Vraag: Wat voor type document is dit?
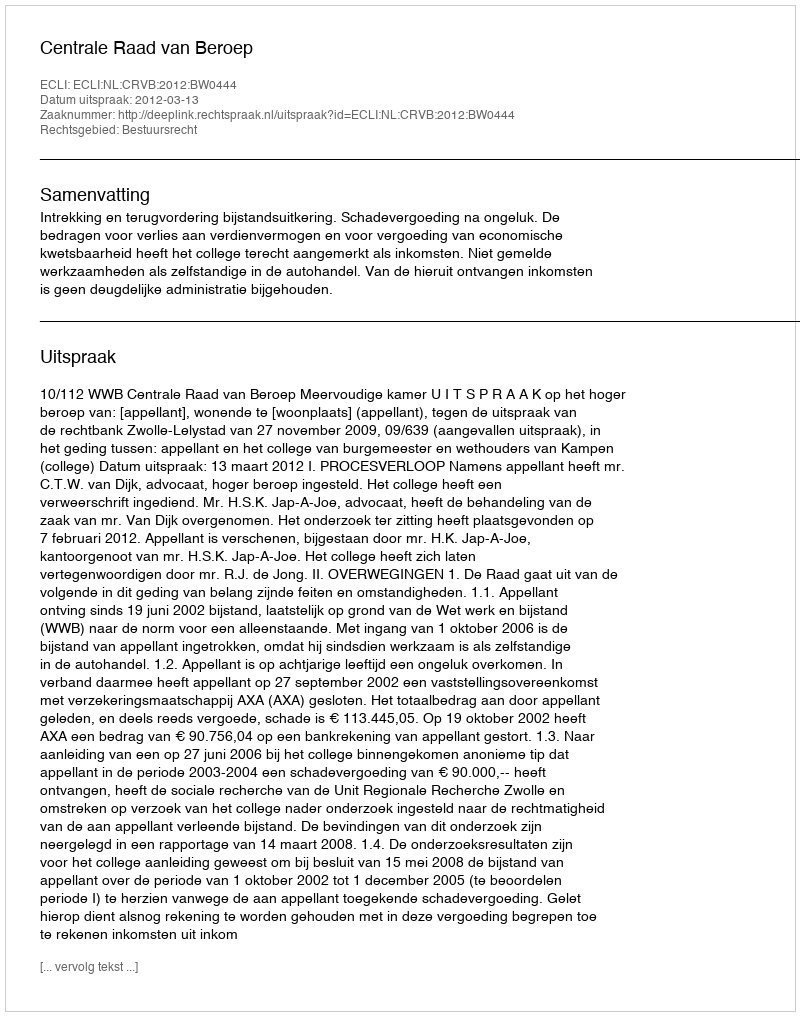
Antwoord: Uitspraak